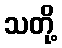
သတို့